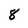
Character: 8